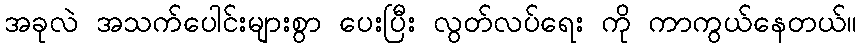
အခုလဲ အသက်ပေါင်းများစွာ ပေးပြီး လွတ်လပ်ရေး ကို ကာကွယ်နေတယ်။